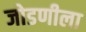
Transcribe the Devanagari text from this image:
जोडणीला